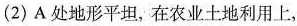
(2)A处地形平坦，在农业土地利用上，